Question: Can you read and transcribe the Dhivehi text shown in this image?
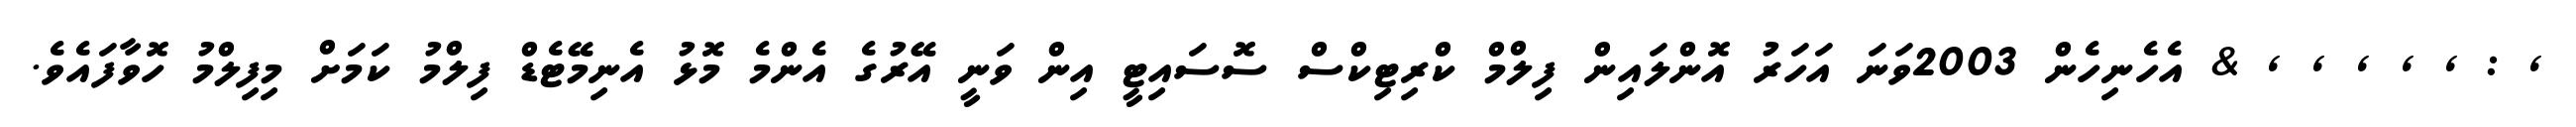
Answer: , : , , , , , & އެހެނިހެން 2003ވަނަ އަހަރު އޮންލައިން ފިލްމް ކްރިޓިކްސް ސޮސައިޓީ އިން ވަނީ އޭރުގެ އެންމެ މޮޅު އެނިމޭޓެޑް ފިލްމު ކަމަށް މިފިލްމު ހޮވާފައެވެ.